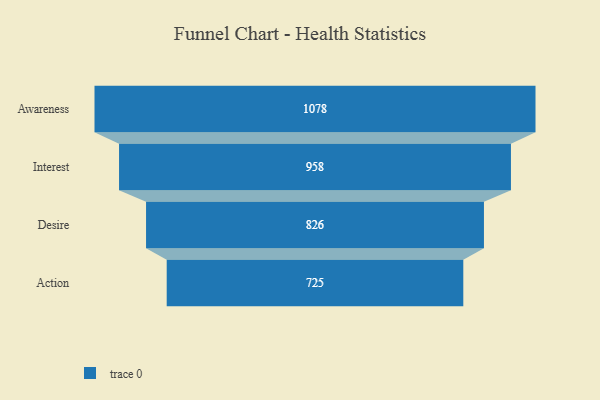
{"axis": {"x": "Stage", "y": "Value"}, "legend": [""], "data": [{"x": "Awareness", "y": 1078.0, "type": ""}, {"x": "Interest", "y": 958.0, "type": ""}, {"x": "Desire", "y": 826.0, "type": ""}, {"x": "Action", "y": 725.0, "type": ""}]}